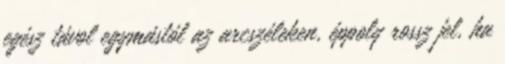
egész távol egymástól az arcszéleken, éppoly rossz jel, ha